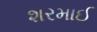
શરમાઈ